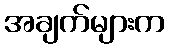
အချက်များက